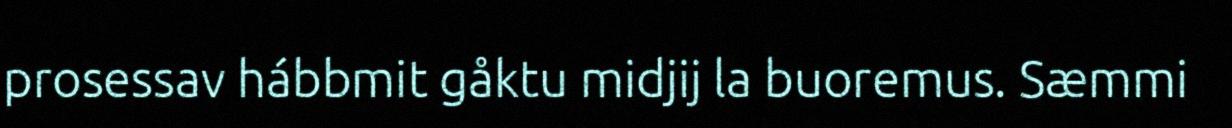
prosessav hábbmit gåktu midjij la buoremus. Sæmmi